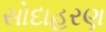
સોદાહરણ